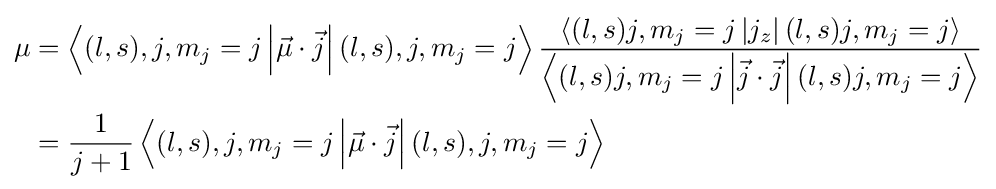
{\begin{aligned}\mu &=\left\langle (l,s),j,m_{j}=j\left|{\vec {\mu }}\cdot {\vec {j}}\right|(l,s),j,m_{j}=j\right\rangle {\frac {\left\langle (l,s)j,m_{j}=j\left|j_{z}\right|(l,s)j,m_{j}=j\right\rangle }{\left\langle (l,s)j,m_{j}=j\left|{\vec {j}}\cdot {\vec {j}}\right|(l,s)j,m_{j}=j\right\rangle }}\\&={\frac {1}{j+1}}\left\langle (l,s),j,m_{j}=j\left|{\vec {\mu }}\cdot {\vec {j}}\right|(l,s),j,m_{j}=j\right\rangle \end{aligned}}